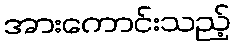
အားကောင်းသည့်